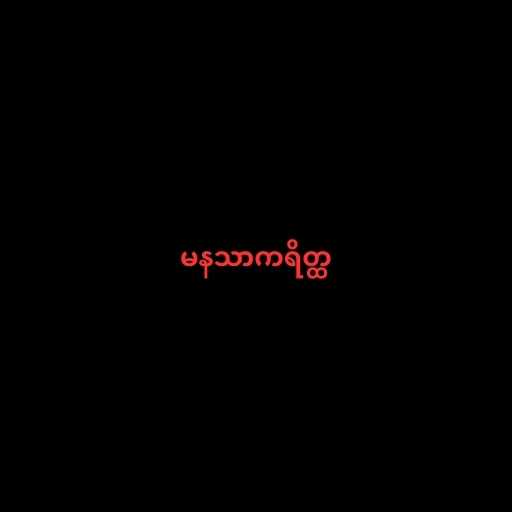
မနသာကရိတ္ထ